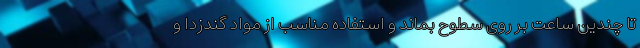
تا چندین ساعت بر روی سطوح بماند و استفاده مناسب از مواد گندزدا و